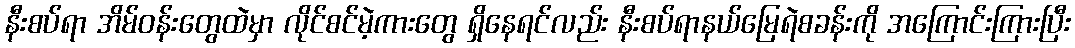
နီးစပ်ရာ အိမ်ဝန်းတွေထဲမှာ လိုင်စင်မဲ့ကားတွေ ရှိနေရင်လည်း နီးစပ်ရာနယ်မြေရဲစခန်းကို အကြောင်းကြားပြီး